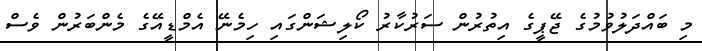
މި ބައްދަލުވުމުގެ ޖޭޕީގެ އިތުރުން ސަރުކާރު ކޯލިޝަންގައި ހިމެނޭ އެމްޑީއޭގެ މެންބަރުން ވެސް